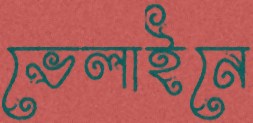
ভেলাইনে